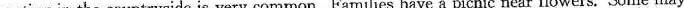
outing in the countryside is very common. Families have a picnic near flowers. Some may